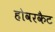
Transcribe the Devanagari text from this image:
होवरकैट